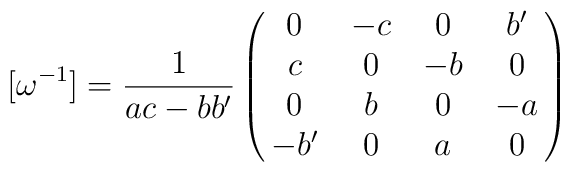
[{{\omega}^{-1}}] ={\frac{1}{ac-b{b^\prime}}}\left(\matrix {0 & -c & 0 & {b^\prime}\cr c & 0 & -b & 0\cr 0 & b & 0 & -a\cr -{b^\prime} & 0 & a & 0}\right)